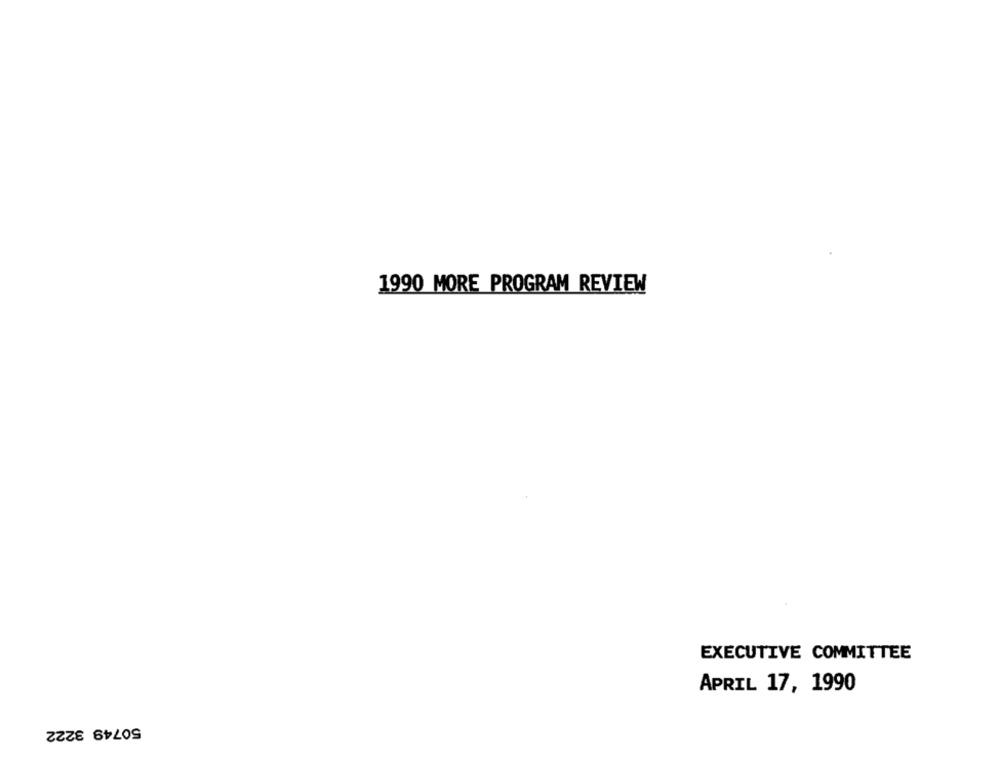
1990 MORE PROGRAM REVIEW
EXECUTIVE COMMITTEE
APRIL 17, 1990
50749 3222